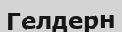
Гелдерн